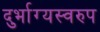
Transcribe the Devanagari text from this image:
दुर्भाग्यस्वरुप